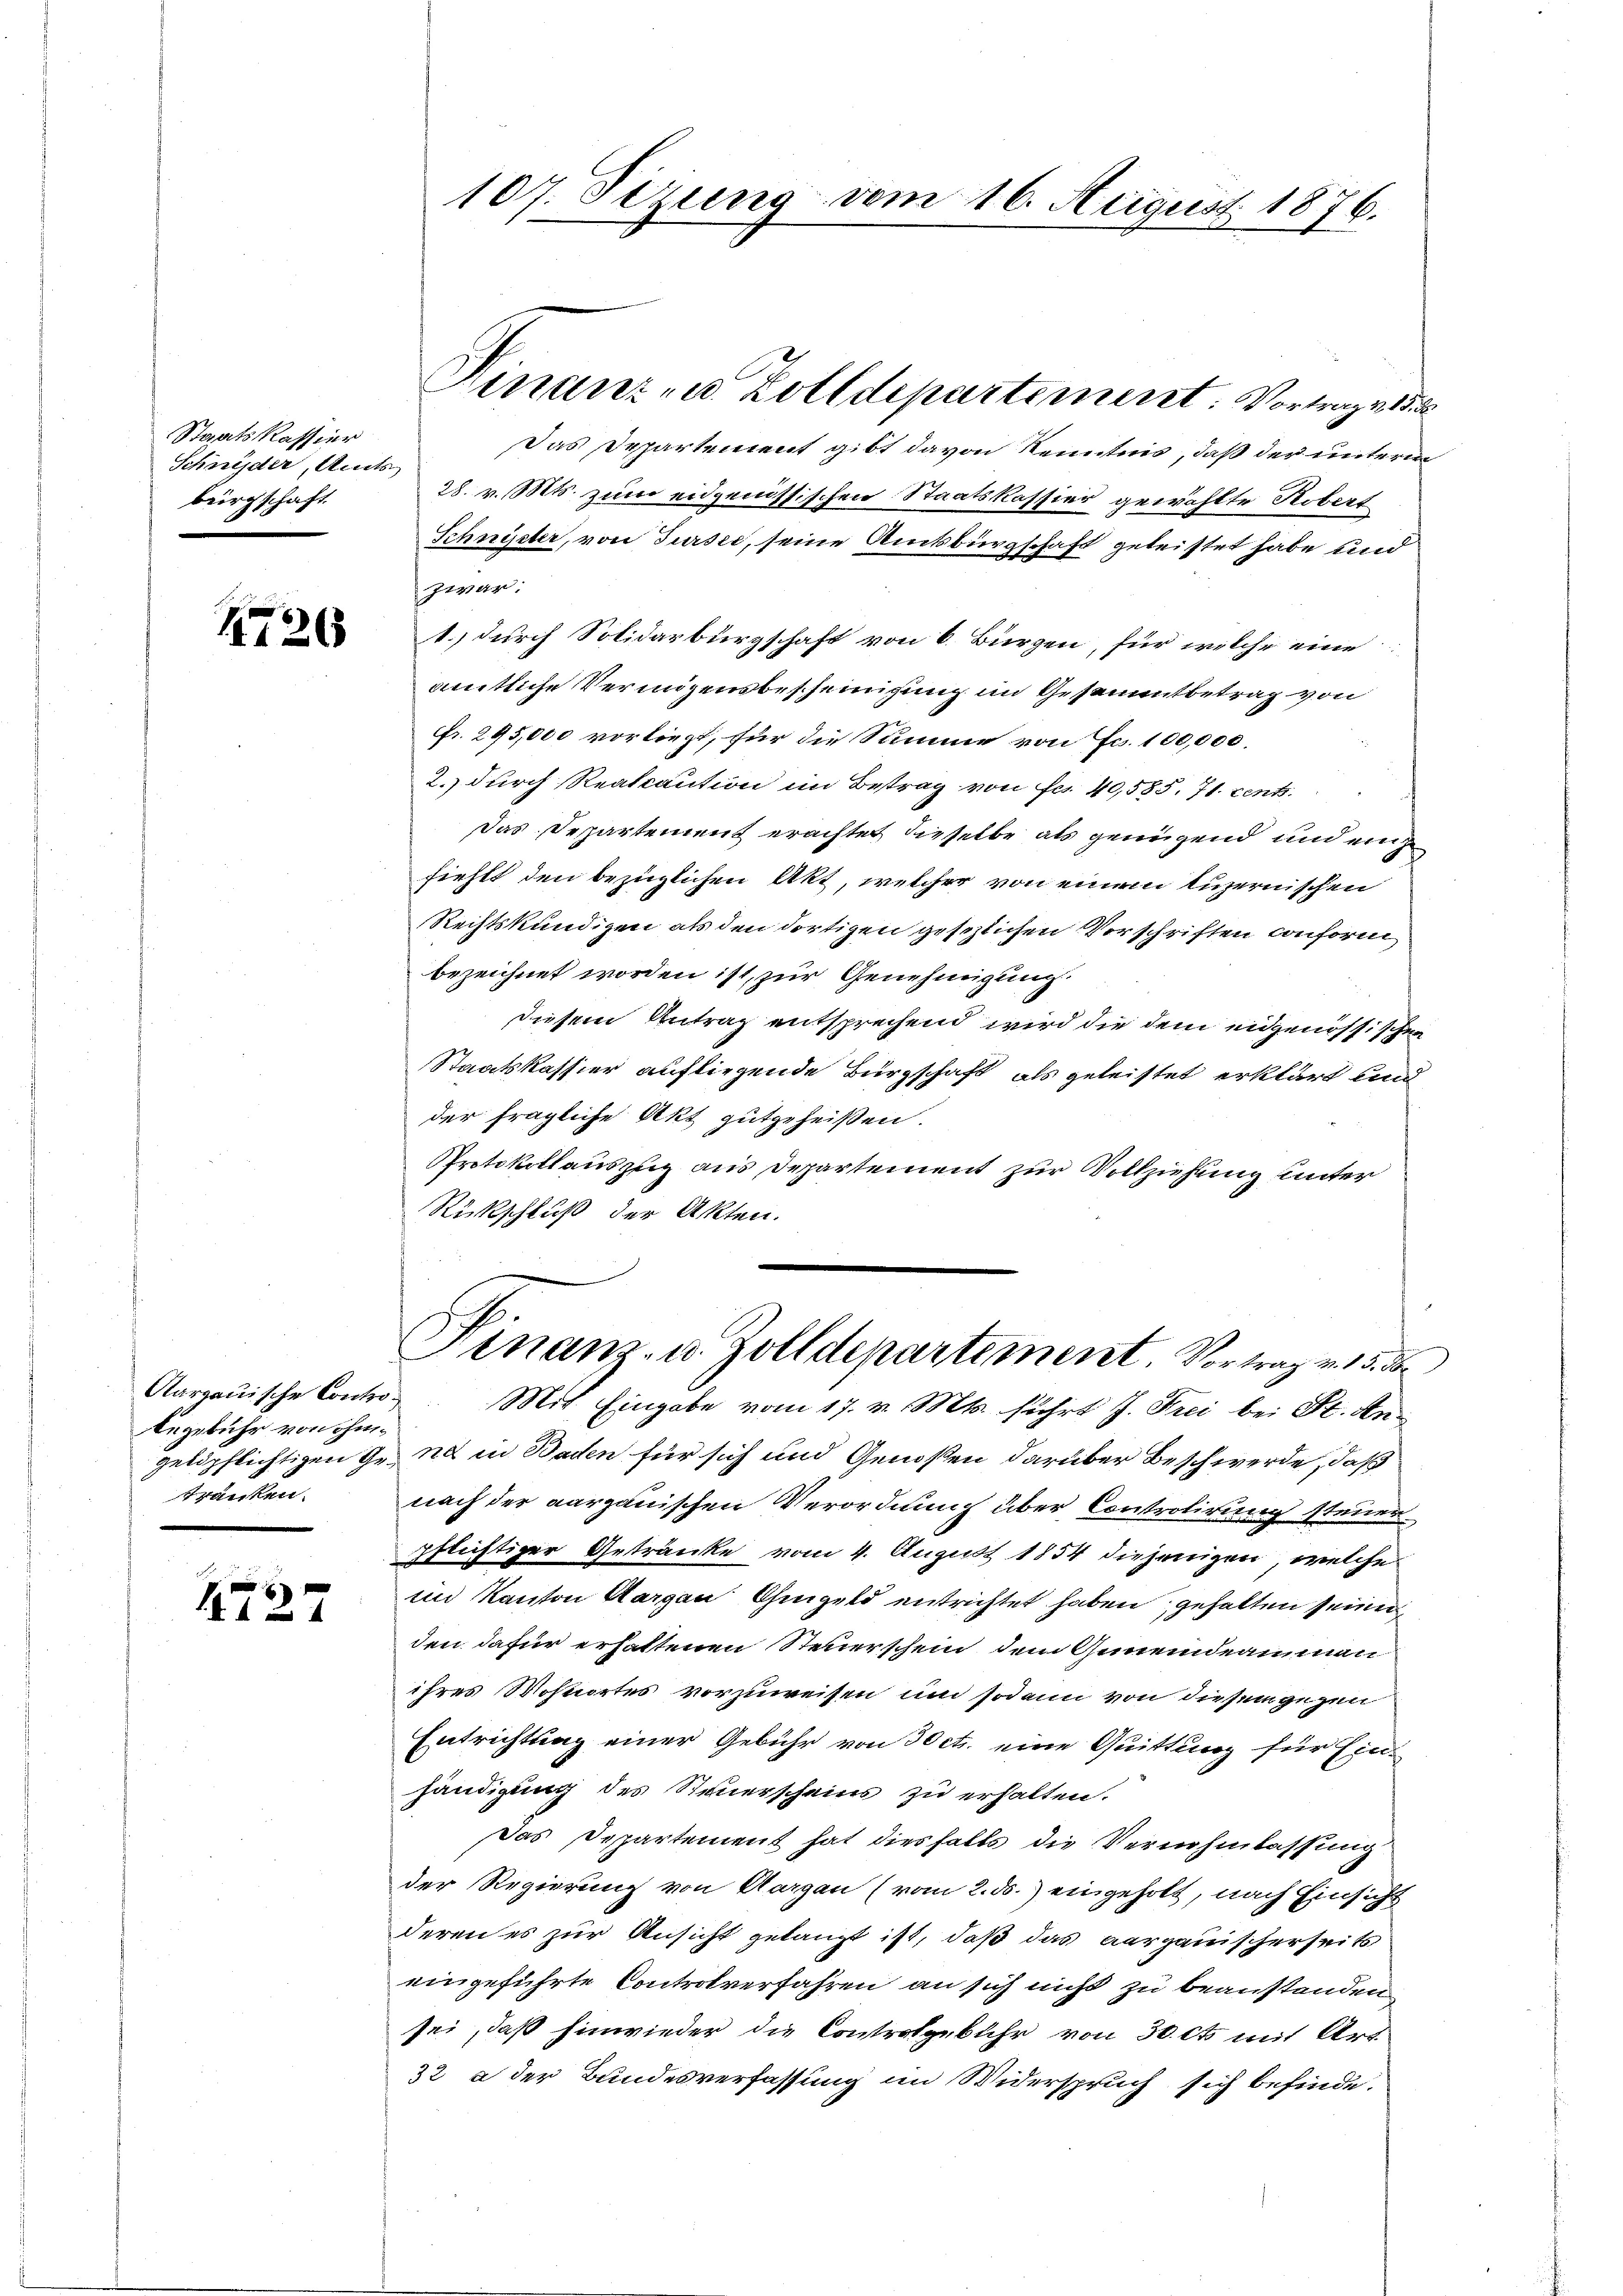
Staatskassier
Schneider, Amts
bürgschaft.

1726

begebühr von ihmtranken.

727

Das Departement gibt davon Kenntnis, daß der unterm
28. v. Mts. zum eidgenössischen Staatskassier gewählte Robert
Schnister, von Sursee, seine Amtsbürgschaft geleistet habe und
zwar:
1.) durch Solidarburgschaft von 6 Bürgen, für welche eine
amtliche Vermögensbescheinigung im Gesammtbetrag von
Ffr. 295,000 vorliegt, für die Summe von Fr. 100,000.
2.) durch Realkaution im Betrag von Fr. 40,585. 71. cents.
Das Departement erachtet dieselbe als genügend und ein
fiehlt den bezüglichen Akt, welcher von einem luzernischen
Rechtskundigen als den dortigen gesezlichen Vorschriften conform
bezeichnet worden ist, zur Genehmigung
diesem Antrag entsprechend wird die dem eidgenössischen
Staatskassier aufliegende Bürgschaft als geleistet erklärt und
der fragliche Akt gutgeheißen.
Protokollauszug aus Departement zur Vollziehung unter
Rückschluß der Akten.
Finanz- u. Zolldepartement. Vortrag v. 15.
Aargauische Contro Mit Eingabe vom 17. v. Mts. führt J. Frei bei St. Angelpflichtigen Gr. nd in Baden für sich und Genossen darüber Beschwerde, daß
nach der aargauischen Verordnung über Controlirung steuerpflichtiger Getränke vom 4. August 1854 diejenigen, welche
im Kanton Aargau hingelo entrichtet haben, gehalten seiner
den dafür erhaltenen Steuerschein, dem Gemeindeamman
ihres Wohnortes vorzuweisen, und sodann von diesem gegen
Entrichtung einer Gebühr von 30 cts. eine Quittung für Einhändigung des Steuerscheins zu erhalten.
Das Departement hat diesfalls die Vernehmlassung
der Regierung von Aargau (vom 2. ds. eingeholt, nach Einsicht
deren es zur Ansicht gelangt ist, daß das aargauischerseits
eingeführte Controlverfahren an sich nicht zu beanstenden
sei, daß hinwieder die Controlgebühr von 30 et mit Art
32 a der Bundesverfassung im Widerspruch sich befinde.

107. Sezung vom 16. August 1876.

Finanzen Zolldepartement: Vortrage d